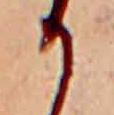
か